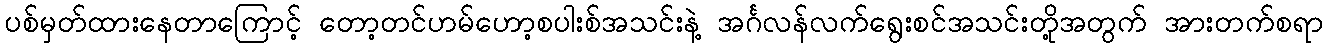
ပစ်မှတ်ထားနေတာကြောင့် တော့တင်ဟမ်ဟော့စပါးစ်အသင်းနဲ့ အင်္ဂလန်လက်ရွေးစင်အသင်းတို့အတွက် အားတက်စရာ